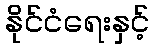
နိုင်ငံရေးနှင့်